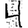
Digit: 4